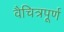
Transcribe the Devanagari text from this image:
वैचित्रपूर्ण